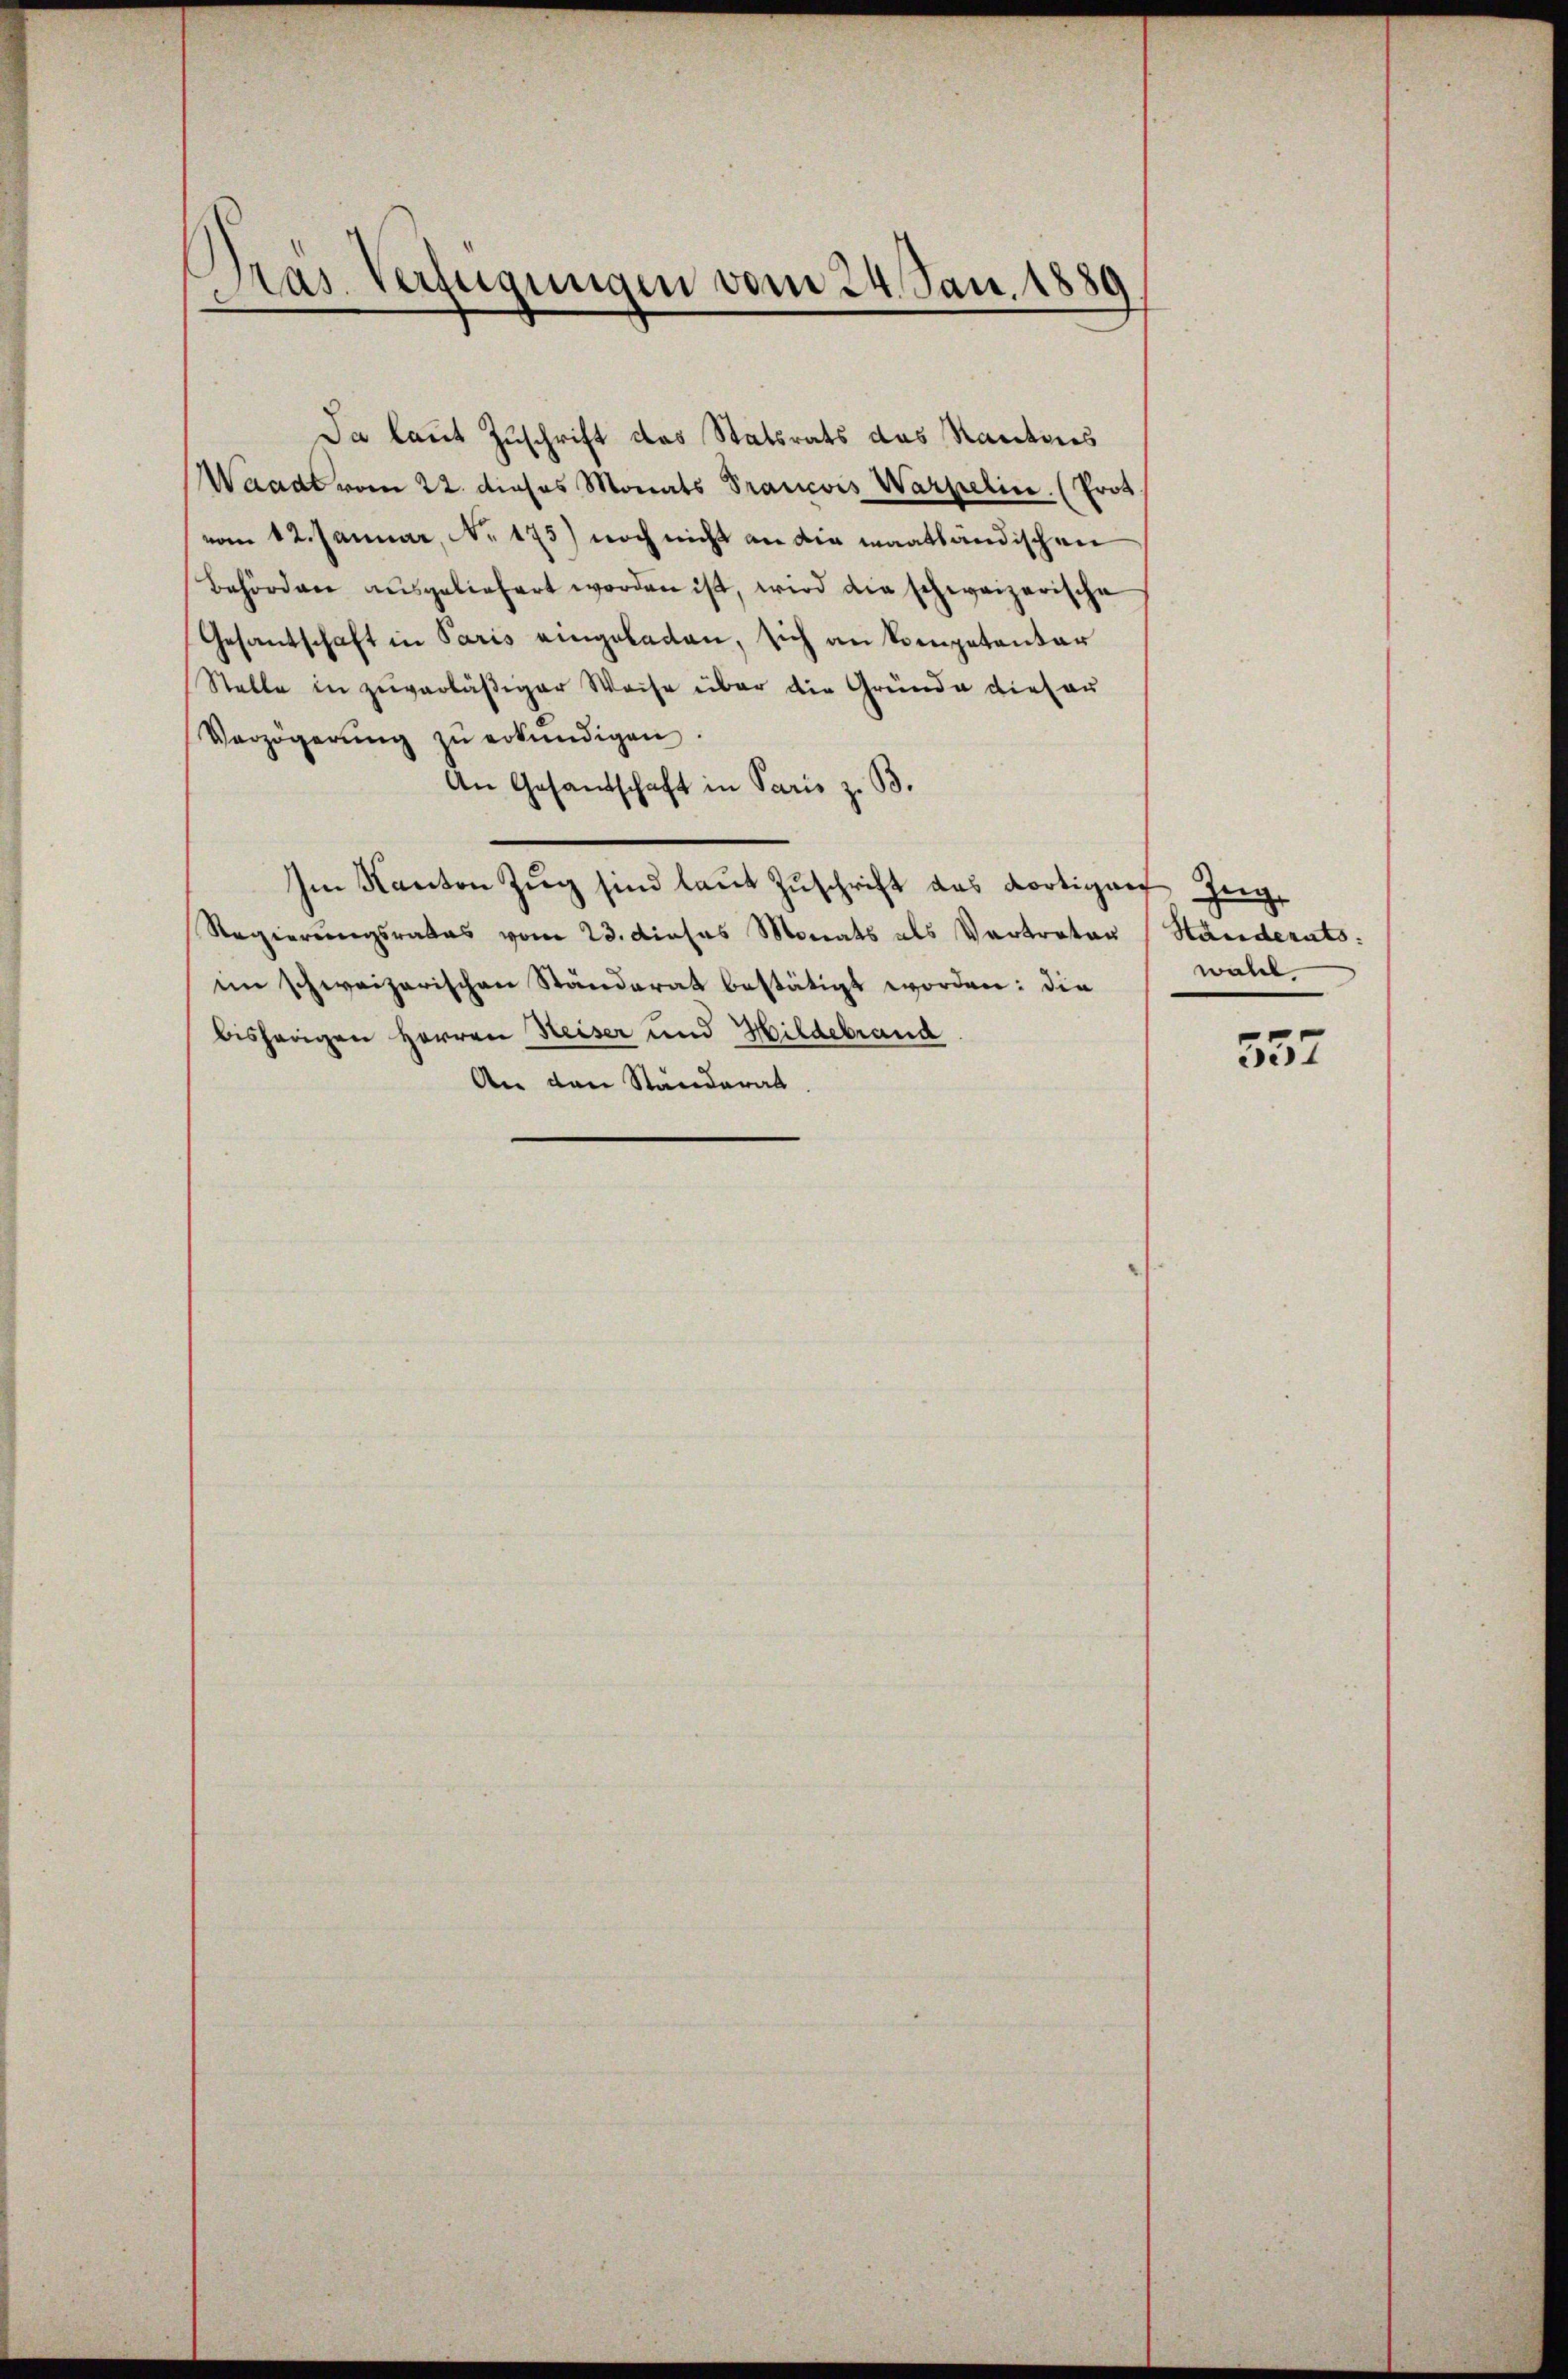
)
Pras. Verfügungen vom 24. Jan. 1889

Da laut Zuschrift das Statsrats das Kantons
Waadt vom 22. dieses Monats Prancois Warpelin (Prot
vom 12. Januar, No. 175) noch nicht an die maathändischen
Behörden ausgeliefert worden ist, wird die schweizerische
Gesandschaft in Paris eingeladen, sich an Kompetentar
Stelle in zuverläßiger Weise über die Gründe dieser
Verzögerŭng zŭ erkundigen.
An Gesandschaft in Paris z. B.
Im Kanton Zŭg sind laut Zuschrift das dortiger Zeig
Regierungsrates vom 23. dieses Monats als Vertrator (Ständerats:
im schweizerischen Ständerat bestätigt worden: die
bisherigen Herren Heiser und Hildebrand
An den Ständerat.

wahl

557